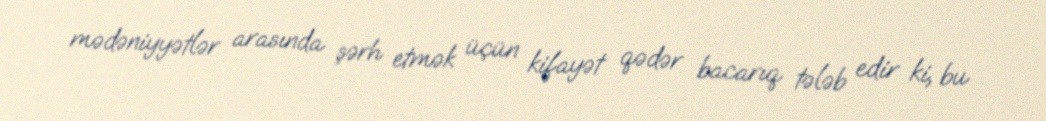
mədəniyyətlər arasında şərh etmək üçün kifayət qədər bacarıq tələb edir ki, bu